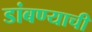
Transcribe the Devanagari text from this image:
डांबण्याची